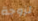
لزوجة